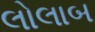
લોલાબ